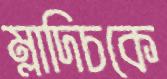
ম্লাদিচকে